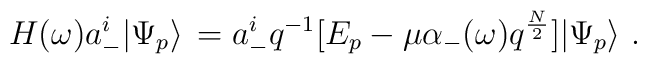
H(\omega)a^i_-\big|\Psi_p\big>\, =a^i_-q^{-1}[E_p-\mu\alpha_-(\omega)q^{N\over2}]\big|\Psi_p\big>\ .